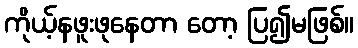
ကိုယ့်နဖူးဖုနေတာ တော့ ပြ၍မဖြစ်။